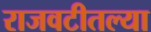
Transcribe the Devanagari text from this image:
राजवटीतल्या